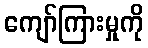
ကျော်ကြားမှုကို